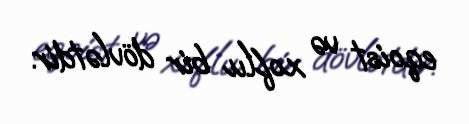
eqoist və xoflu bir dövlətdir.